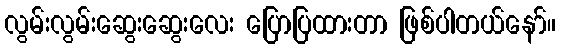
လွမ်းလွမ်းဆွေးဆွေးလေး ပြောပြထားတာ ဖြစ်ပါတယ်နော်။